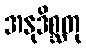
အနုဒိစ္ဆတု